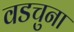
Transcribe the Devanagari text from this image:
वडचुना